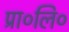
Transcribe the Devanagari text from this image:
प्रा०लि०